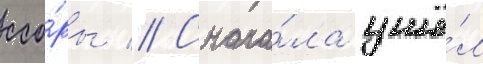
ссо́ры // Снача́ла ушё́л